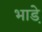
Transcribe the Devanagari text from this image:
भाडे़